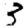
Digit: 3